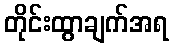
တိုင်းထွာချက်အရ